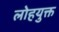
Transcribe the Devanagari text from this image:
लोहयुक्त